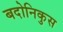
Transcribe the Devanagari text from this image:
बदोनिकुस